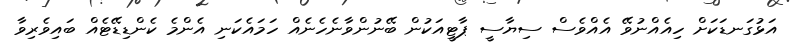
އަޅުގަނޑަކަށް ހިއެއްނުވޭ އެއްވެސް ސިޔާސީ ޕާޓީއަކުން ބޭނުންވާނެހެނެއް ހަމައެކަނި އެންމެ ކެންޑިޑޭޓެއް ބައިވެރިވާ